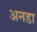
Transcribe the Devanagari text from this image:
अनडा